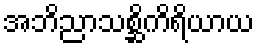
အဘိညာသစ္ဆိကိရိယာယ